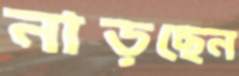
নাড়ছেন